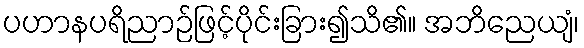
ပဟာနပရိညာဉ်ဖြင့်ပိုင်းခြား၍သိ၏။ အဘိညေယျံ၊